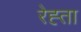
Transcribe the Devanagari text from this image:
रेह्ता